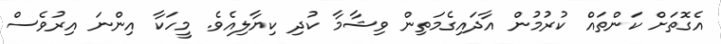
އެގޮތަށް ކަންތައް ކުރުމުން އާދައިގެމަތިން ވިޝާމާ ކުދި ކިޔާލިއެވެ. މީހަކާ އިންނަ އިރުވެސް